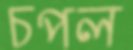
চপল